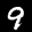
Label: 9